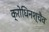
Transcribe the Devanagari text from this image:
क्रोधिनश्चैव